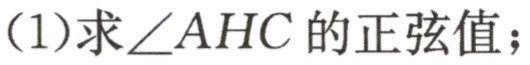
(1)求\(\angle AHC\)的正弦值；